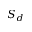
S _ { d }